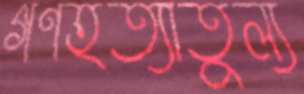
গণহত্যাতুল্য